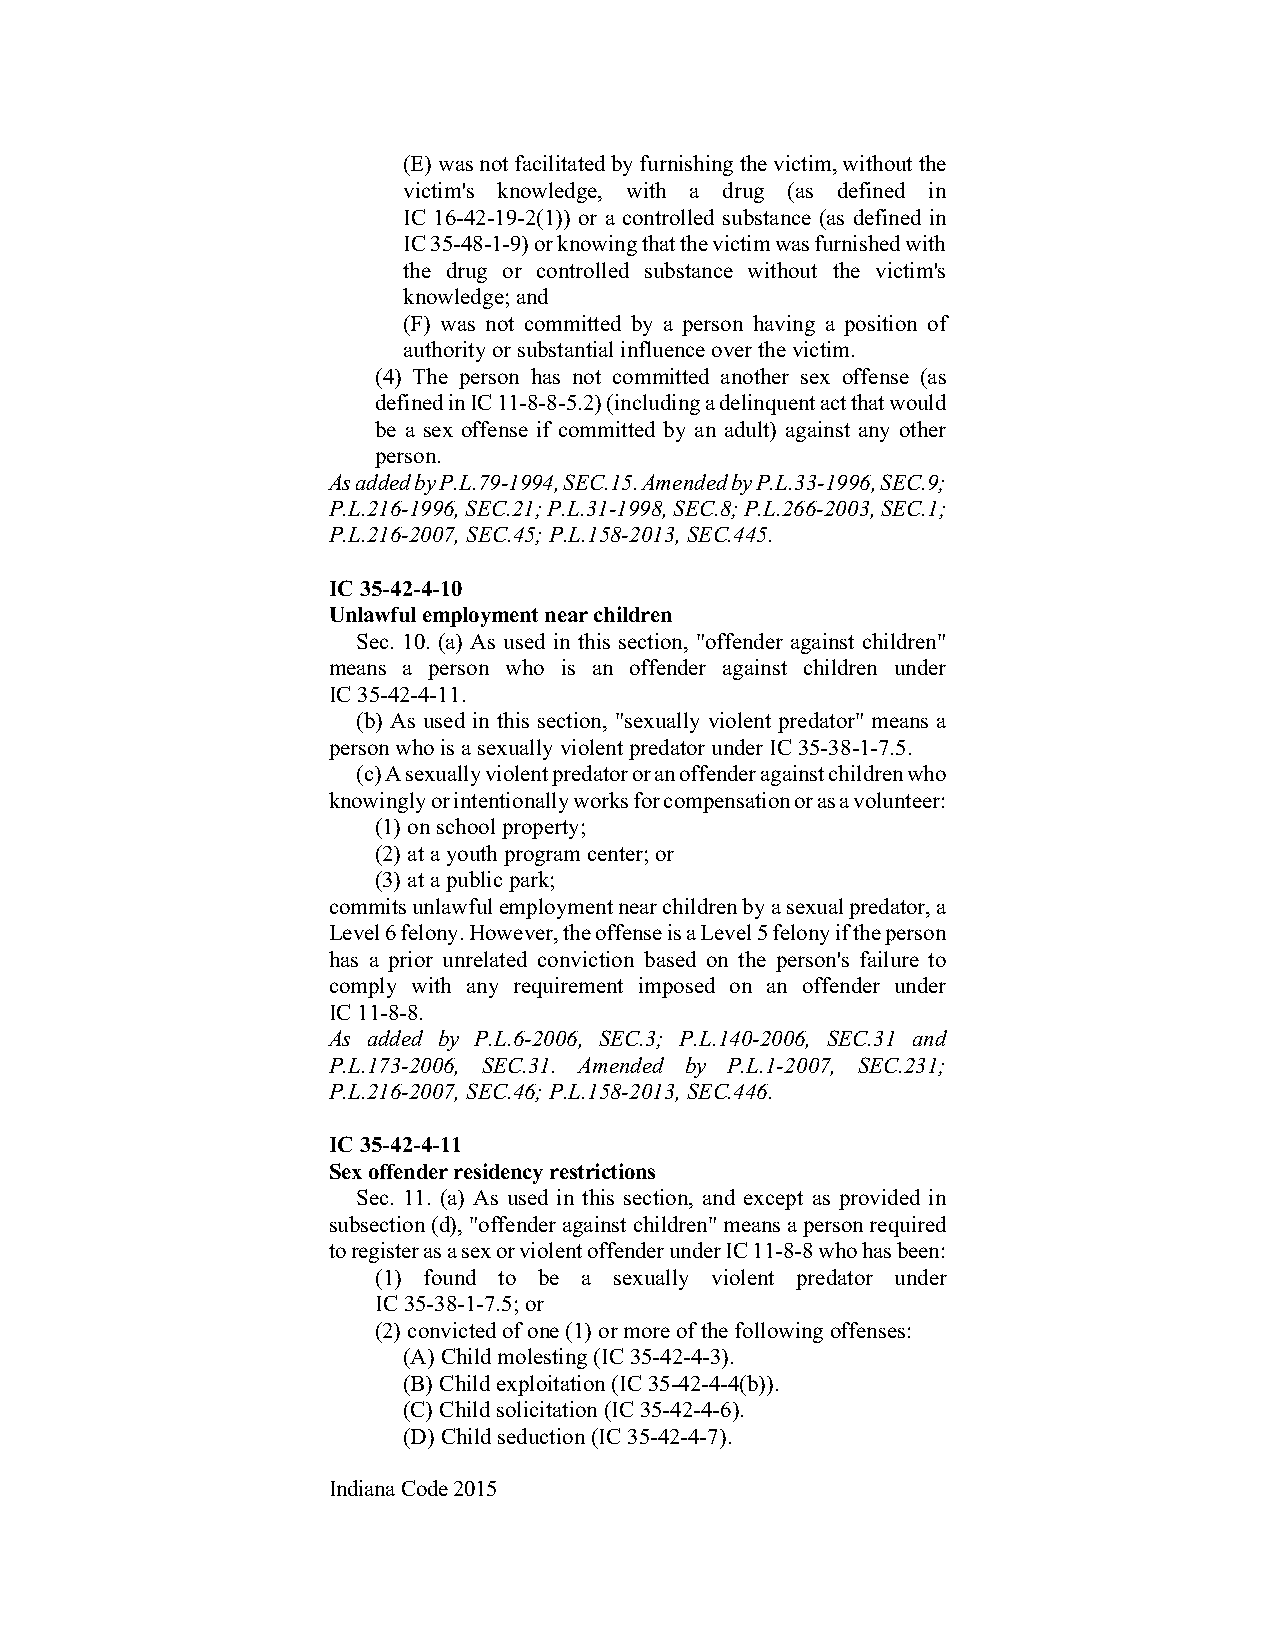
(E) was not facilitated by furnishing the victim, without the
 victim's knowledge, with a drug (as defined in
 IC 16-42-19-2(1)) or a controlled substance (as defined in
 IC 35-48-1-9) or knowing that the victim was furnished with
 the drug or controlled substance without the victim's
 knowledge; and
 (F) was not committed by a person having a position of
 authority or substantial influence over the victim.
 (4) The person has not committed another sex offense (as
 defined in IC 11-8-8-5.2) (including a delinquent act that would
 be a sex offense if committed by an adult) against any other
 person.
 As added by P.L.79-1994, SEC.15. Amended by P.L.33-1996, SEC.9;
 P.L.216-1996, SEC.21; P.L.31-1998, SEC.8; P.L.266-2003, SEC.1;
 P.L.216-2007, SEC.45; P.L.158-2013, SEC.445.
 IC 35-42-4-10
 Unlawful employment near children
 Sec. 10. (a) As used in this section, "offender against children"
 means a person who is an offender against children under
 IC 35-42-4-11.
 (b) As used in this section, "sexually violent predator" means a
 person who is a sexually violent predator under IC 35-38-1-7.5.
 (c) A sexually violent predator or an offender against children who
 knowingly or intentionally works for compensation or as a volunteer:
 (1) on school property;
 (2) at a youth program center; or
 (3) at a public park;
 commits unlawful employment near children by a sexual predator, a
 Level 6 felony. However, the offense is a Level 5 felony if the person
 has a prior unrelated conviction based on the person's failure to
 comply with any requirement imposed on an offender under
 IC 11-8-8.
 As added by P.L.6-2006, SEC.3; P.L.140-2006, SEC.31 and
 P.L.173-2006, SEC.31. Amended by P.L.1-2007, SEC.231;
 P.L.216-2007, SEC.46; P.L.158-2013, SEC.446.
 IC 35-42-4-11
 Sex offender residency restrictions
 Sec. 11. (a) As used in this section, and except as provided in
 subsection (d), "offender against children" means a person required
 to register as a sex or violent offender under IC 11-8-8 who has been:
 (1) found to be a sexually violent predator under
 IC 35-38-1-7.5; or
 (2) convicted of one (1) or more of the following offenses:
 (A) Child molesting (IC 35-42-4-3).
 (B) Child exploitation (IC 35-42-4-4(b)).
 (C) Child solicitation (IC 35-42-4-6).
 (D) Child seduction (IC 35-42-4-7).
 Indiana Code 2015